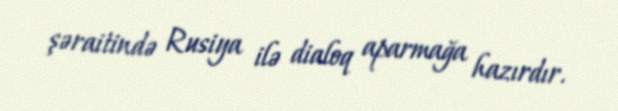
şəraitində Rusiya ilə dialoq aparmağa hazırdır.